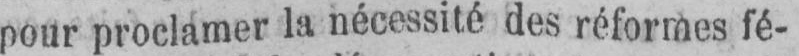
pour proclamer la nécessité des réformes fé-